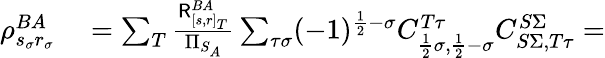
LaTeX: \begin{array}{rl}{\rho_{s_{\sigma}r_{\sigma}}^{BA}}&{{}=\sum_{T}\frac{\mathsf{R}_{[s,r]_{T}}^{BA}}{\Pi_{S_{A}}}\sum_{\tau\sigma}(-1)^{\frac{1}{2}-\sigma}C_{\frac{1}{2}\sigma,\frac{1}{2}-\sigma}^{T\tau}C_{S\Sigma,T\tau}^{S\Sigma}=}\end{array}